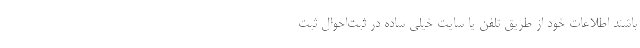
باشند اطلاعات خود از طریق تلفن یا سایت خیلی ساده در ثبت‌احوال ثبت